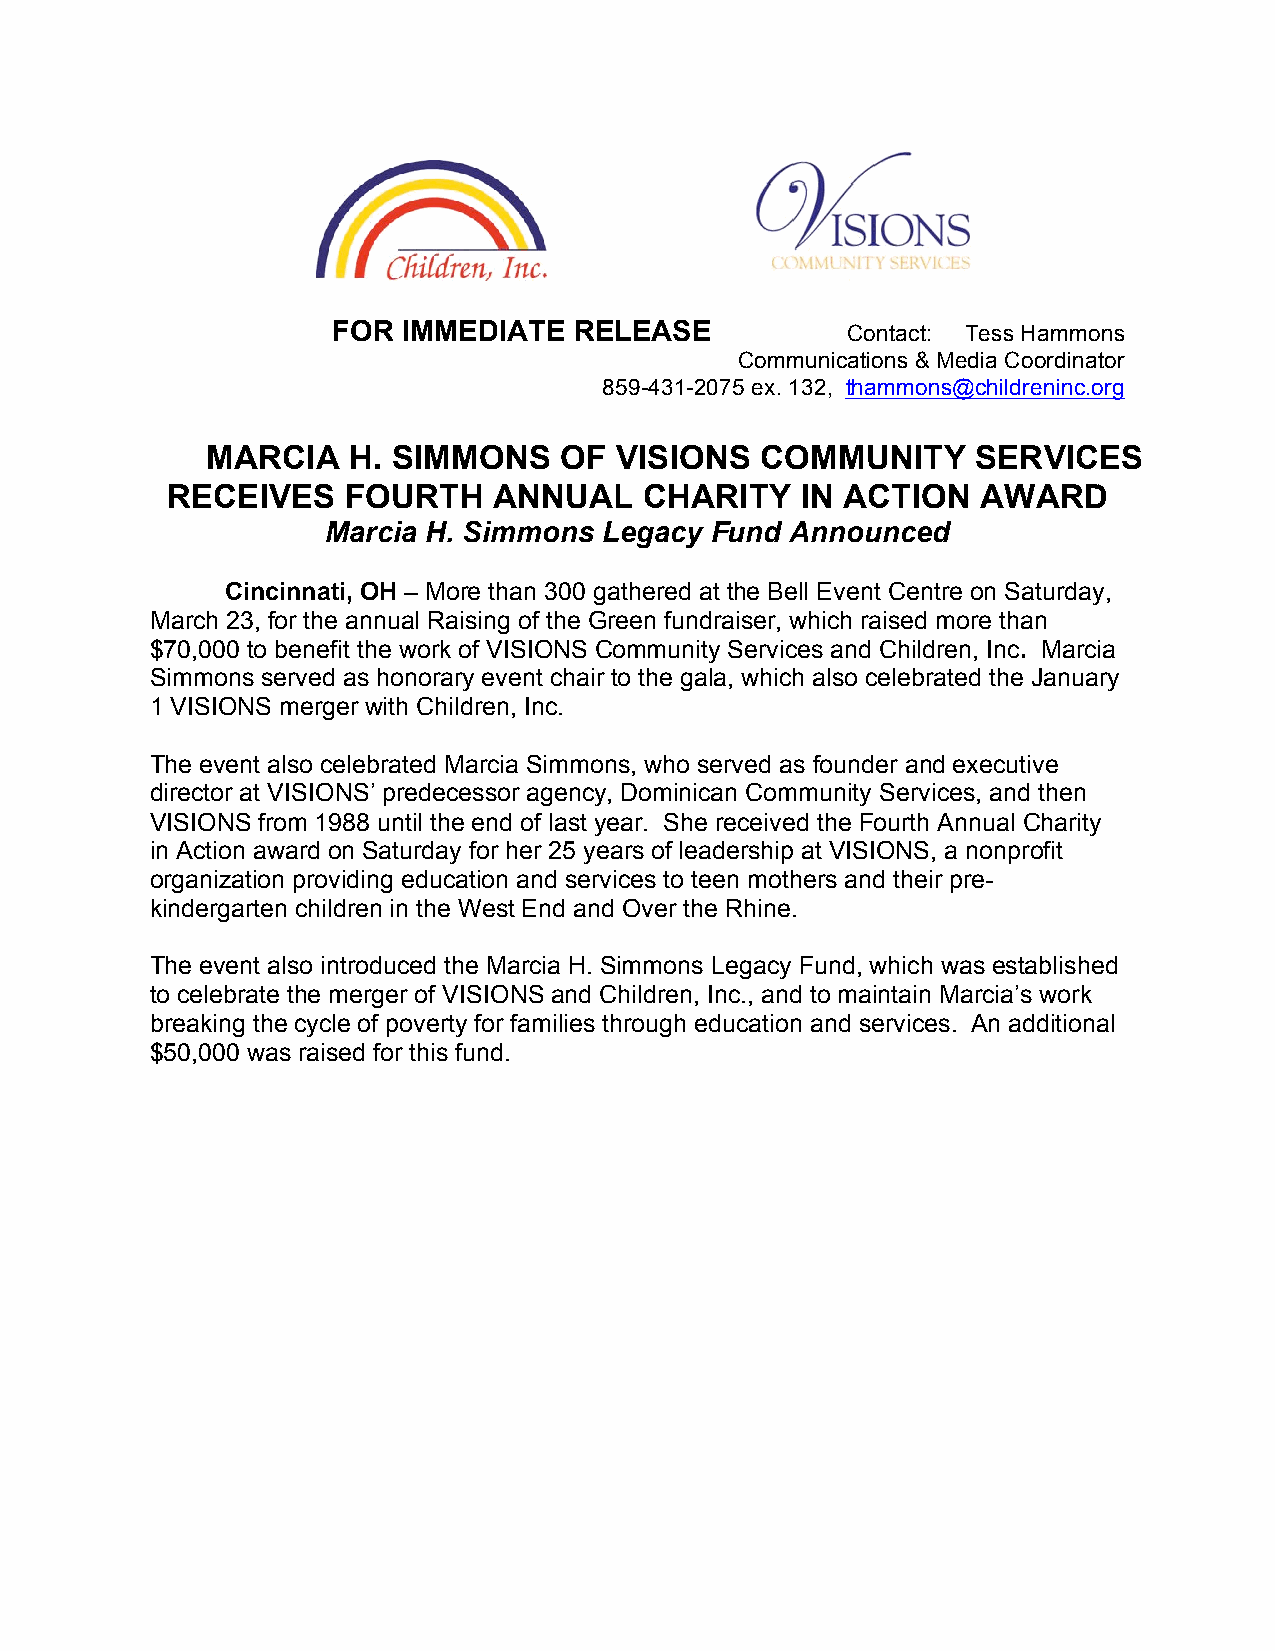
FOR  IMMEDIATE  RELEASE           Contact: Tess Hammons
 Communications & Media Coordinator
 859-431-2075 ex. 132, thammons@childreninc.org
 MARCIA   H. SIMMONS    OF  VISIONS  COMMUNITY      SERVICES
 RECEIVES    FOURTH    ANNUAL    CHARITY   IN ACTION   AWARD
 Marcia H. Simmons  Legacy Fund Announced
 Cincinnati, OH – More than 300 gathered at the Bell Event Centre on Saturday,
 March 23, for the annual Raising of the Green fundraiser, which raised more than
 $70,000 to benefit the work of VISIONS Community Services and Children, Inc. Marcia
 Simmons served as honorary event chair to the gala, which also celebrated the January
 1 VISIONS merger with Children, Inc.
 The event also celebrated Marcia Simmons, who served as founder and executive
 director at VISIONS’ predecessor agency, Dominican Community Services, and then
 VISIONS from 1988 until the end of last year. She received the Fourth Annual Charity
 in Action award on Saturday for her 25 years of leadership at VISIONS, a nonprofit
 organization providing education and services to teen mothers and their pre-
 kindergarten children in the West End and Over the Rhine.
 The event also introduced the Marcia H. Simmons Legacy Fund, which was established
 to celebrate the merger of VISIONS and Children, Inc., and to maintain Marcia’s work
 breaking the cycle of poverty for families through education and services. An additional
 $50,000 was raised for this fund.